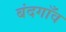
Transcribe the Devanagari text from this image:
बंदगाँव